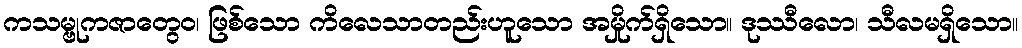
ကသမ္ဗုကဇာတွေဝ၊ ဖြစ်သော ကိလေသာတည်းဟူသော အမှိုက်ရှိသော။ ဒုဿီလော၊ သီလမရှိသော။